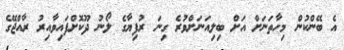
އެ ބޭންކުން މިހާތަނަށް އަށް ބިލިއަނަށްވުރެ ގިނަ ރުފިޔާގެ ލޯނު ދޫކޮށްފައިވާއިރު ރާއްޖޭގެ